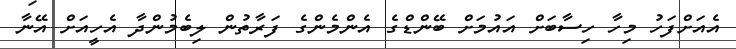
އެއަށްފަހު މިހާ ހިސާބަށް އައުމަށް ބޭންޑްގެ އެންމެންގެ ފަރާތުން ލިބެމުންދާ އެހީއަށް އޭނާ